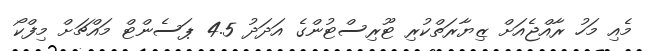
މެއި މަހު ރާއްޖެއަށް ޒިޔާރަތްކުރި ޓޫރިސްޓުންގެ އަދަދު 4.5 ޕަސެންޓް މައްޗަށް މިފްކޯ